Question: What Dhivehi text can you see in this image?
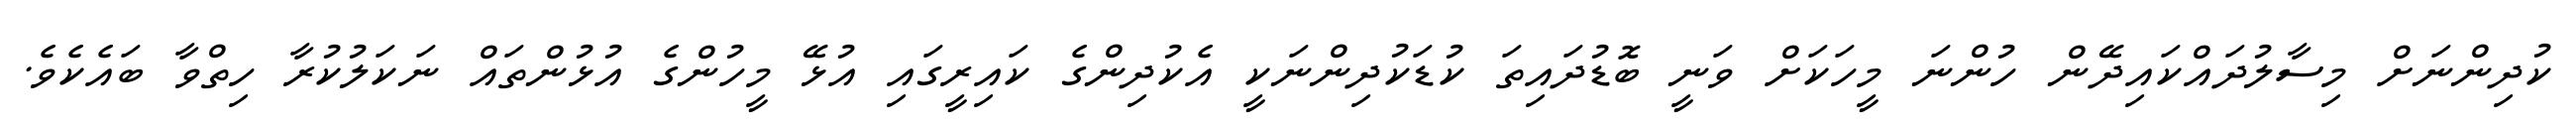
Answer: ކުދިންނަށް މިސާލުދައްކައިދޭން ހުންނަ މީހަކަށް ވަނީ ބޮޑުދައިތަ ކުޑަކުދިންނަކީ އެކުދިންގެ ކައިރީގައި އުޅޭ މީހުންގެ އުޅުންތައް ނަކަލުކުރާ ހިތްވާ ބައެކެވެ.